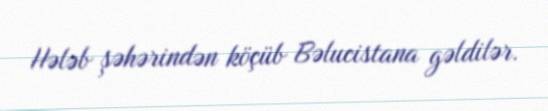
Hələb şəhərindən köçüb Bəlucistana gəldilər.